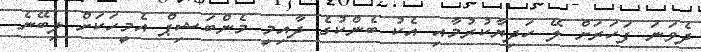
ދެވަނަ ފަހަރަށް ލޭ ހަދިޔާކުރުމާއި އެކު ބެންކުގެ ދާއިމީ މެންބަޝިޕް އެމީހަކަށް ލިބޭނެ